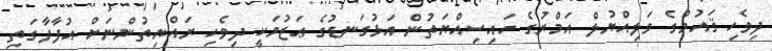
ދިވެހި ޤައުމުގެ ވަލިއްޔުލް އަމްރުގެ ހައިސިއްޔަތުން އަޅުގަނޑުގެ ޢަޒުމަކީ ދިވެހި ރައްޔިތުންނަށް އުފާފާގަތި